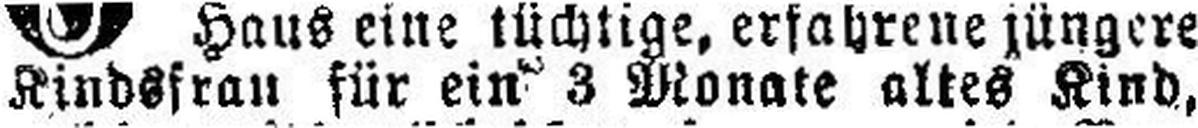
Kindsfrau für ein 3 Monate altes Kind,